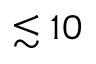
\lesssim 1 0